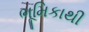
ભૂમિકાથી